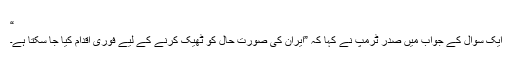
“
ایک سوال کے جواب میں صدر ٹرمپ نے کہا کہ ”ایران کی صورت حال کو ٹھیک کرنے کے لیے فوری اقدام کیا جا سکتا ہے۔